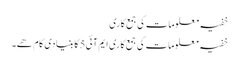
خفیہ معلومات کی جمع کاری
خفیہ معلومات کی جمع کاری ایم آئی5 کا بنیادی کام ھے۔